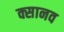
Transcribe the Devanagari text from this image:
क्सानव